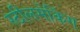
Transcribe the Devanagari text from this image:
स्टीलमेकिंग